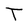
Character: T